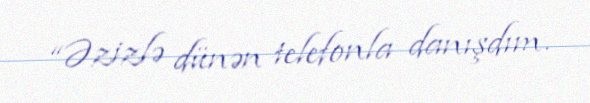
“Əzizlə dünən telefonla danışdım.